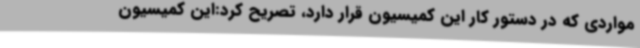
مواردی که در دستور کار این کمیسیون قرار دارد، تصریح کرد:این کمیسیون